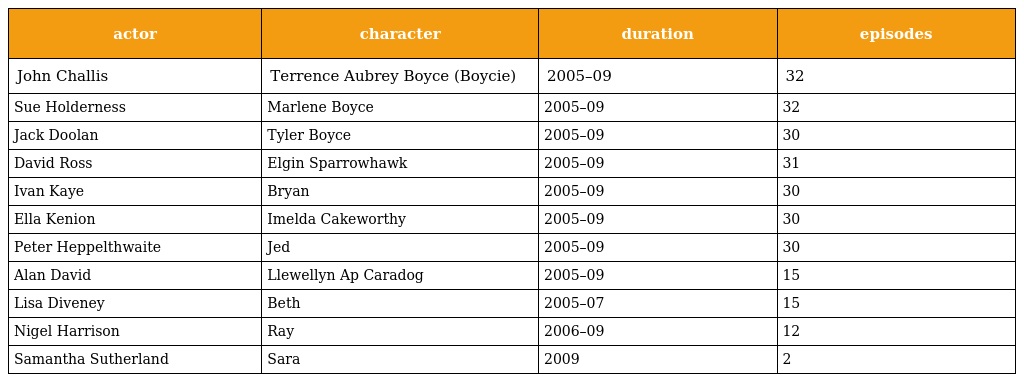
| actor | character | duration | episodes |
 | --- | --- | --- | --- |
 | John Challis | Terrence Aubrey Boyce (Boycie) | 2005–09 | 32 |
 | Sue Holderness | Marlene Boyce | 2005–09 | 32 |
 | Jack Doolan | Tyler Boyce | 2005–09 | 30 |
 | David Ross | Elgin Sparrowhawk | 2005–09 | 31 |
 | Ivan Kaye | Bryan | 2005–09 | 30 |
 | Ella Kenion | Imelda Cakeworthy | 2005–09 | 30 |
 | Peter Heppelthwaite | Jed | 2005–09 | 30 |
 | Alan David | Llewellyn Ap Caradog | 2005–09 | 15 |
 | Lisa Diveney | Beth | 2005–07 | 15 |
 | Nigel Harrison | Ray | 2006–09 | 12 |
 | Samantha Sutherland | Sara | 2009 | 2 |